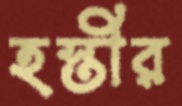
হস্তীর